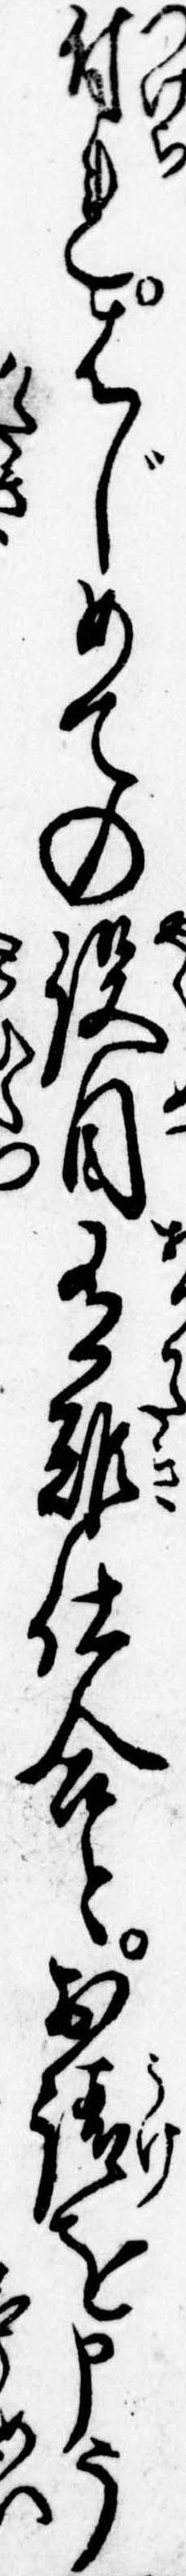
付れはじめての役目有難仕合とお請を申う